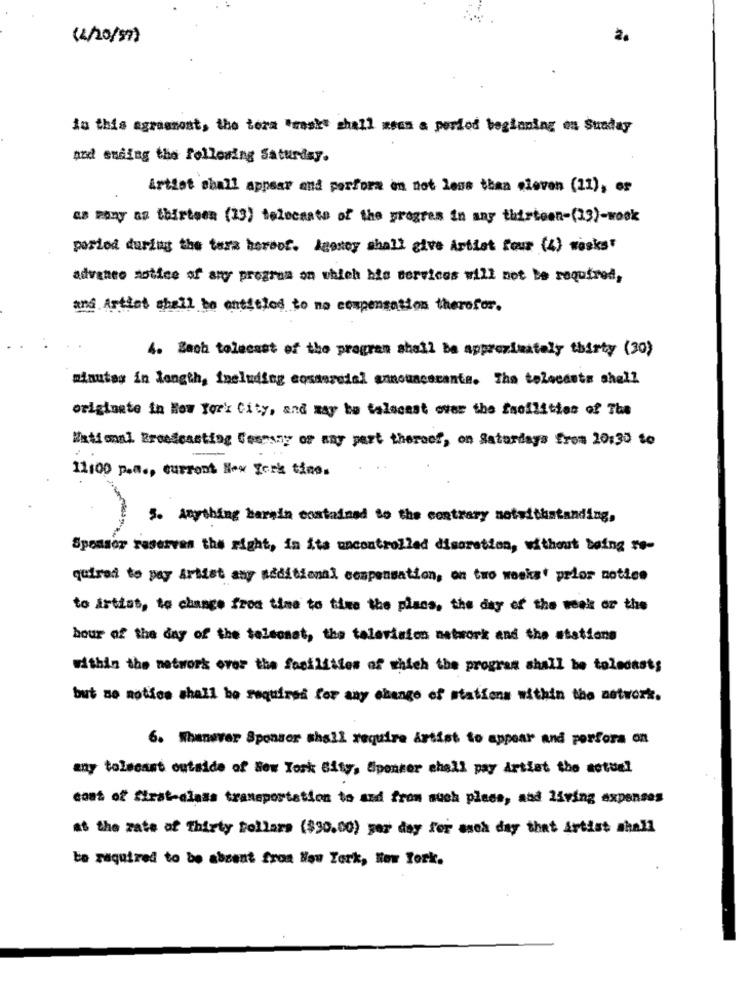
( 2/20/57 )
in this agrasmost, the tora "raskt shall mean a period beginning en Sunday
and ending the following Saturday.
Artist shall appear and perfora en not less than eleven (11), er
as many as thirteen (19) telecasts of the program in any thirteen-(13)-wook
porlod during the tora horeof. Agoney shall give Artist four (4) wasks"
advaneo notice of any program on which his services will not be required,
and Artiat shall be entitled to no compensation therofor.
4. Zach telecast of the program shall be approximately thirty (30)
minutas in length, Including cosaeredal announcecante. The telecasts shell
originate in How For' City, and may be talecast over the facilities of The
Wationnl Broadcasting Cesmany or any part thereof, on Saturdays from 20:30 to
11:00 p.M ., current New York tine.
5. Anything harmin contained to the contrary notwithstanding,
Sponsor reserves the right, in its uncontrolled discretion, without being ro-
quired to pay Artist any additional compensation, on two weeks prior notice
to artias, to change from time to time the plans, the day of the week or the
hour of the day of the telsenat, the television network and the stations
within the network over the facilities of which the program shall be toledast;
but no moties shall be required for any change of stations within the network.
6. Whenever Sponsor shall require artist to appear and porfora on
any tolsonst outside of New York City, Spencer chell pay artiat the actual
cost of first-class transportation to and from auch plees, and living expenses
at the rate of Thirty Dollars ($30.00) yer day for asch day that Artist ahall
be required to be absent from Hou York, New York.